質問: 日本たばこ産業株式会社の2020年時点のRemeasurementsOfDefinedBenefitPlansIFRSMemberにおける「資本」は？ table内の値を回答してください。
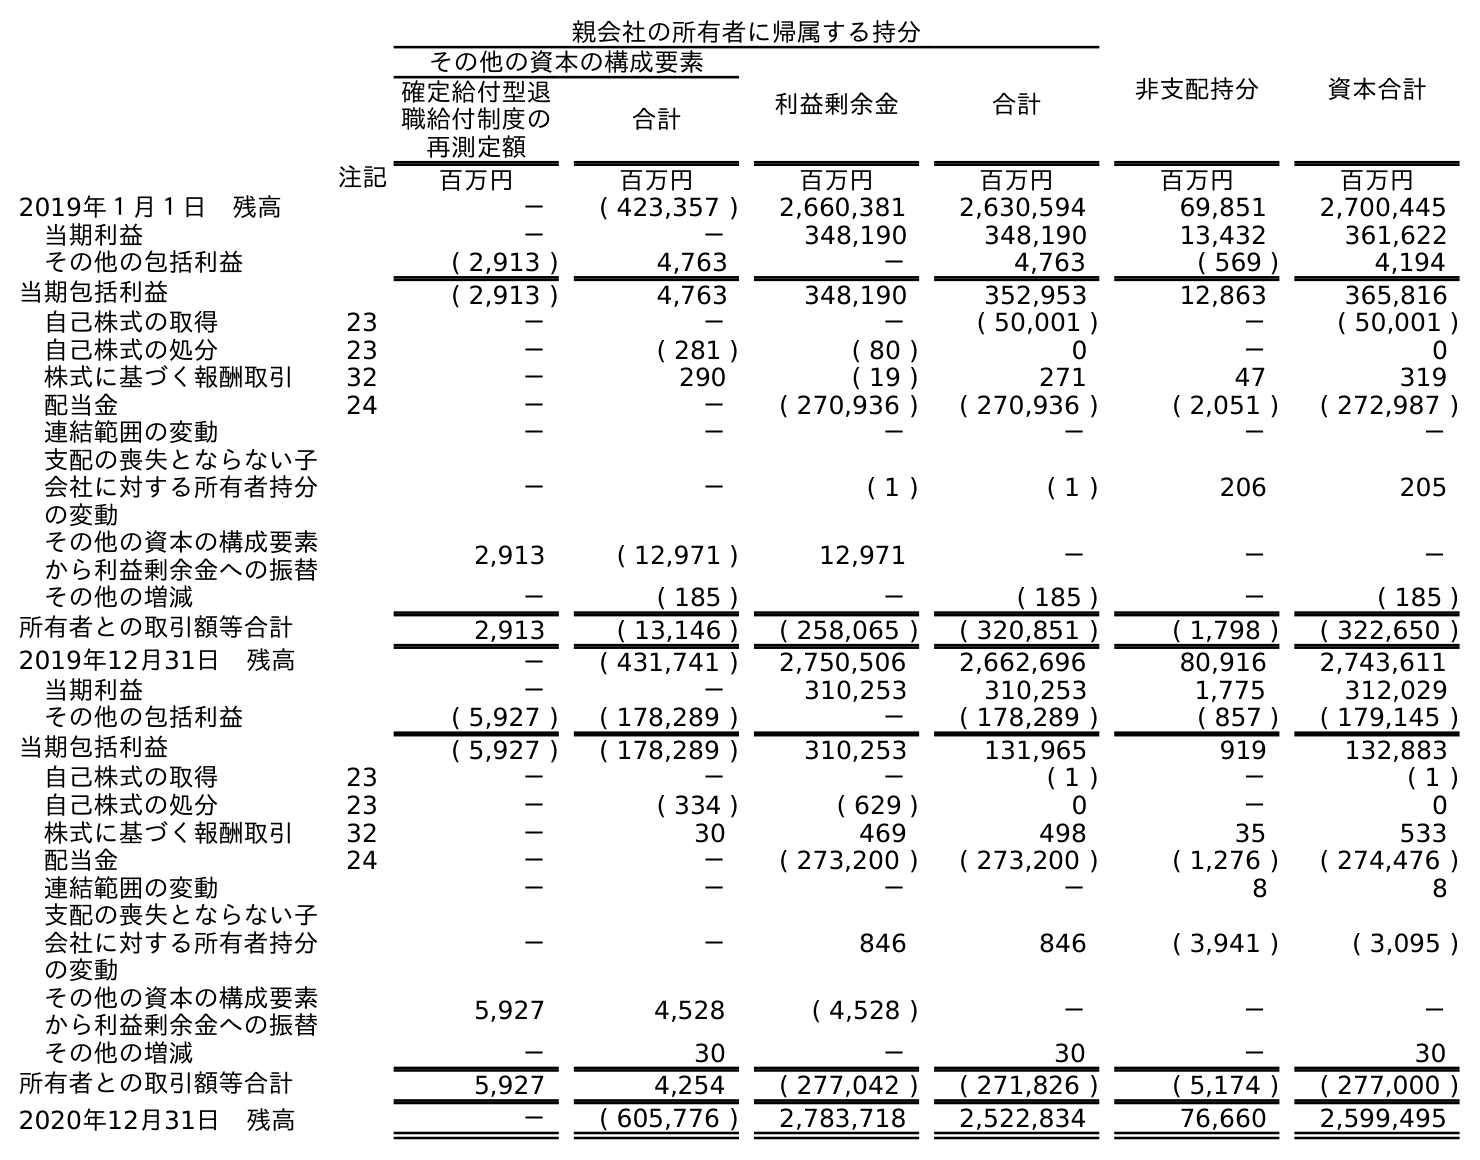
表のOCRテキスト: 親会社の所有者に帰属する持分 非支配持分 資本合計 その他の資本の構成要素 利益剰余金 合計 確定給付型退 職給付制度の 再測定額 合計 注記 百万円 百万円 百万円 百万円 百万円 百万円 2019年１月１日 残高 － ( 423,357 ) 2,660,381 2,630,594 69,851 2,700,445 当期利益 － － 348,190 348,190 13,432 361,622 その他の包括利益 ( 2,913 ) 4,763 － 4,763 ( 569 ) 4,194 当期包括利益 ( 2,913 ) 4,763 348,190 352,953 12,863 365,816 自己株式の取得 23 － － － ( 50,001 ) － ( 50,001 ) 自己株式の処分 23 － ( 281 ) ( 80 ) 0 － 0 株式に基づく報酬取引 32 － 290 ( 19 ) 271 47 319 配当金 24 － － ( 270,936 ) ( 270,936 ) ( 2,051 ) ( 272,987 ) 連結範囲の変動 － － － － － － 支配の喪失とならない子 会社に対する所有者持分 の変動 － － ( 1 ) ( 1 ) 206 205 その他の資本の構成要素 から利益剰余金への振替 2,913 ( 12,971 ) 12,971 － － － その他の増減 － ( 185 ) － ( 185 ) － ( 185 ) 所有者との取引額等合計 2,913 ( 13,146 ) ( 258,065 ) ( 320,851 ) ( 1,798 ) ( 322,650 ) 2019年12月31日 残高 － ( 431,741 ) 2,750,506 2,662,696 80,916 2,743,611 当期利益 － － 310,253 310,253 1,775 312,029 その他の包括利益 ( 5,927 ) ( 178,289 ) － ( 178,289 ) ( 857 ) ( 179,145 ) 当期包括利益 ( 5,927 ) ( 178,289 ) 310,253 131,965 919 132,883 自己株式の取得 23 － － － ( 1 ) － ( 1 ) 自己株式の処分 23 － ( 334 ) ( 629 ) 0 － 0 株式に基づく報酬取引 32 － 30 469 498 35 533 配当金 24 － － ( 273,200 ) ( 273,200 ) ( 1,276 ) ( 274,476 ) 連結範囲の変動 － － － － 8 8 支配の喪失とならない子 会社に対する所有者持分 の変動 － － 846 846 ( 3,941 ) ( 3,095 ) その他の資本の構成要素 から利益剰余金への振替 5,927 4,528 ( 4,528 ) － － － その他の増減 － 30 － 30 － 30 所有者との取引額等合計 5,927 4,254 ( 277,042 ) ( 271,826 ) ( 5,174 ) ( 277,000 ) 2020年12月31日 残高 － ( 605,776 ) 2,783,718 2,522,834 76,660 2,599,495
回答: －